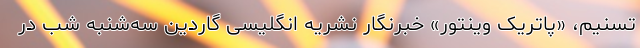
تسنیم، «پاتریک وینتور» خبرنگار نشریه انگلیسی گاردین سه‌شنبه شب در